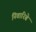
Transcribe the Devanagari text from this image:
निवारिबे